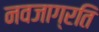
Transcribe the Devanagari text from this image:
नवजाग्रति